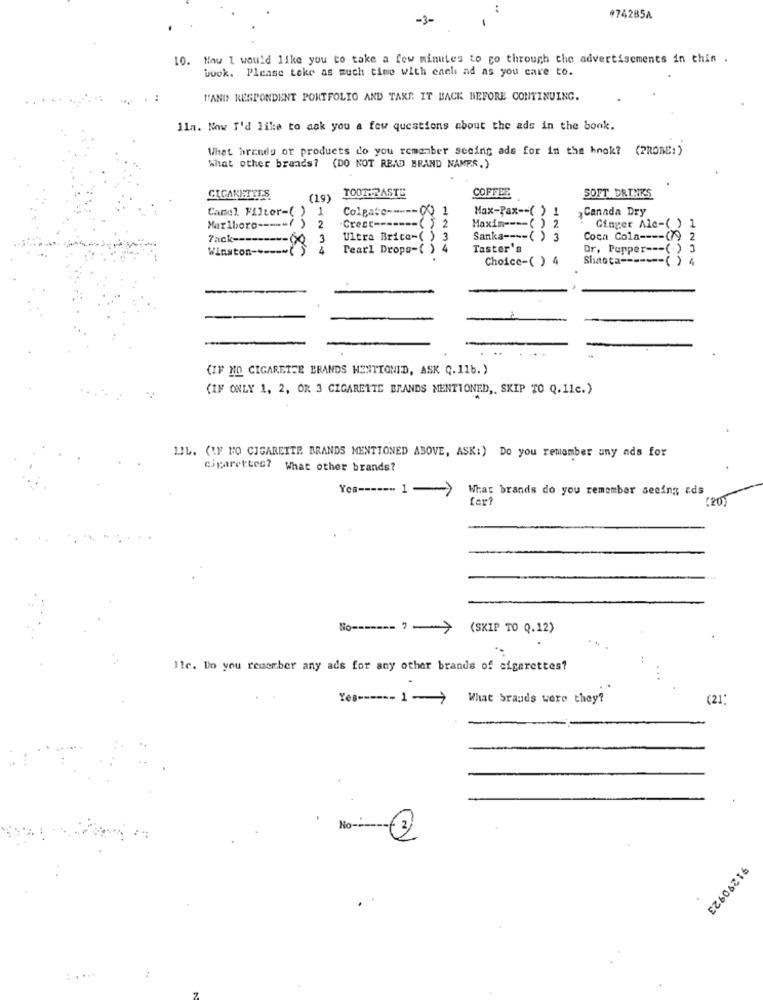
:
-3-
-
#74285A
10. Now I would like you to take a few minutes to go through the advertisements in thin .
book. Please teke as much time with each ad as you care to.
"'AND RESPONDENT PORTFOLIO AND TAKE IT BACK BEFORE CONTINUING.
11a. Now I'd like to ask you a few questions about the ads in the book.
What brandg or products do you remember seeing ade for in the hook? (PROBE:)
What other brands? (DO NOT READ BRAND NAMES.)
TOOTHPASTE
CIGARETTES
(19)
COFFEE
SOFT DRINKS
Camel Filter-(
1
Colgate ----
100
1
Max-Pax -- ( ) 1
Canada Dry
Marlboro --
2
Crest ------- ()
2
Maxim ---- ( ) 2
Ginger Ale-( )
Tack ------
3
Ultra Brice-()
Sanka ---- ( ) 3
Coca Cola ---- (79 2
Winston ------ (
4
Pearl Drops-( ) 4
Taster's
Or, Papper --- ( ) 3
Choice-( ) 4
Shaota ------- ( ) 4
{IF NO CIGARETTE BRANDS HENTIONID, ASK C. 11b.)
(IF ONLY 1, 2, OR 3 CIGARETTE BRANDS MENTIONED ,, SKIP TO Q. 11c.)
LIL. (IF NO CIGARETTE BRANDS MENTIONED ABOVE, ASK:) Do you remember any ads for
cigarettes? What other brands?
Yes ------ 1->
What brands do you remember seeing ads
for?
(20)
No->
(SKIP TO Q.12)
J1c. Do you remember any ads for any other brands of cigarettes?
...
Yes ------ >
What brands were they?
(21:
No
91290923
: . ...
: